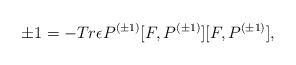
\begin{align*}\pm 1=-Tr{\epsilon}P^{(\pm 1)}[F,P^{(\pm 1)}][F,P^{(\pm 1)}],\end{align*}